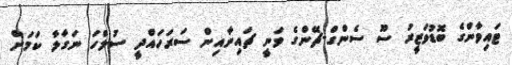
ޓައިވާންގެ ބޮޑުވަޒީރު ސޫ ސެންގް-ޗޭންގެ ވަނީ ޗައިނާއިން ސަރަހައްދީ ސުލްހަ ނަގާލާ ކަމަށް